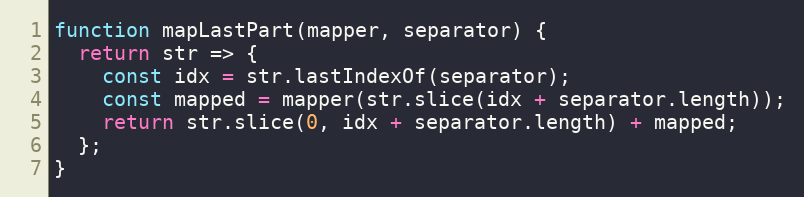
Language: JavaScript
function mapLastPart(mapper, separator) {
  return str => {
    const idx = str.lastIndexOf(separator);
    const mapped = mapper(str.slice(idx + separator.length));
    return str.slice(0, idx + separator.length) + mapped;
  };
}